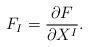
LaTeX: \begin{align*}F_I=\frac{\partial F}{\partial X^I}.\end{align*}